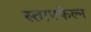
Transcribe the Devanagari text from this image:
स्ताफ्फेल्न